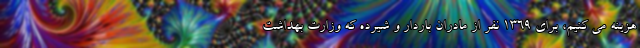
هزینه می کنیم، برای ۱۳۶۹ نفر از مادران باردار و شیرده که وزارت بهداشت